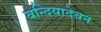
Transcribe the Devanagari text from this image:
वन्दियादेवन